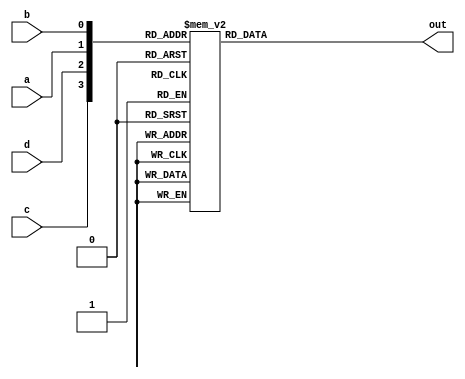
module top_module(
    input a,
    input b,
    input c,
    input d,
    output reg out  ); 

    always @(*) begin
        case ({c,d,a,b})
           4'b0001 : out = 1'b1;
           4'b0010 : out = 1'b1;
           4'b0100 : out = 1'b1;
           4'b0111 : out = 1'b1;
           4'b1101 : out = 1'b1;
           4'b1110 : out = 1'b1;
           4'b1011 : out = 1'b1;
           4'b1000 : out = 1'b1;
            
            default: out = 1'b0;
        endcase
        
    end

endmodule